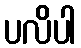
ပလိပါ